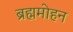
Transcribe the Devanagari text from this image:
ब्रह्ममोहन